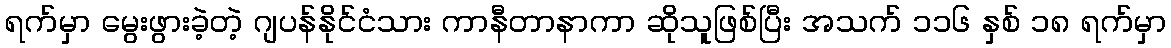
ရက်မှာ မွေးဖွားခဲ့တဲ့ ဂျပန်နိုင်ငံသား ကာနီတာနာကာ ဆိုသူဖြစ်ပြီး အသက် ၁၁၆ နှစ် ၁၈ ရက်မှာ